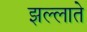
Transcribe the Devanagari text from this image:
झल्लाते